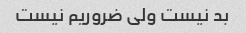
بد نیست ولی ضروریم نیست